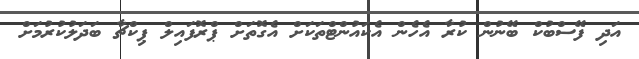
އަދި ފޭސްބުކް ބޭނުން ކުރާ އެހެން އެކައުންޓްތަކަށް އެގޮތަށް ޕްރޮފައިލް ޕިކްޗާ ބަދަލުކުރުމަށް